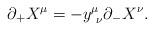
LaTeX: \begin{align*}\partial_+ X^\mu = -y ^\mu_{~\nu} \partial_- X^\nu.\end{align*}